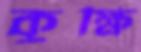
কুক্ষি